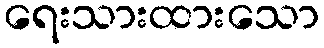
ရေးသားထားသော